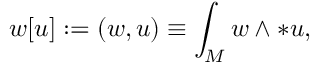
w [ u ] : = ( w , u ) \equiv \int _ { M } w \wedge * u ,